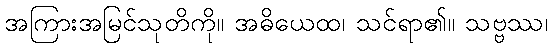
အကြားအမြင်သုတိကို။ အဓိယေထ၊ သင်ရာ၏။ သဗ္ဗဿ၊